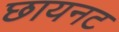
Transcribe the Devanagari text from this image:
छायनट